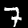
Label: 7